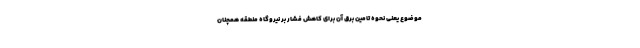
موضوع یعنی نحوه تامین برق آن برای کاهش فشار بر نیروگاه منطقه همچنان